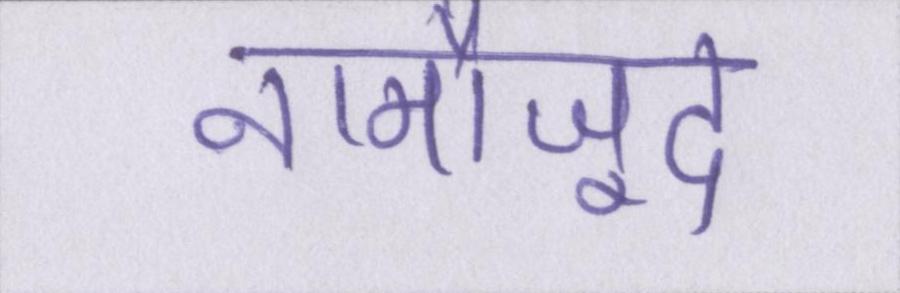
नामौजूद